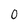
Character: 0